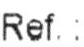
REF. :